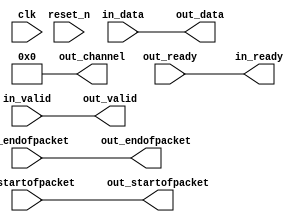
module master_0_p2b_adapter (
      input              clk,
      input              reset_n,
      output reg         in_ready,
      input              in_valid,
      input      [ 7: 0] in_data,
      input              in_startofpacket,
      input              in_endofpacket,
      input              out_ready,
      output reg         out_valid,
      output reg [ 7: 0] out_data,
      output reg         out_startofpacket,
      output reg         out_endofpacket,
      output reg [ 7: 0] out_channel
);
   reg          in_channel = 0;
   always @* begin
      in_ready = out_ready;
      out_valid = in_valid;
      out_data = in_data;
      out_startofpacket = in_startofpacket;
      out_endofpacket = in_endofpacket;
      out_channel = 0;
      out_channel        = in_channel;
   end
endmodule